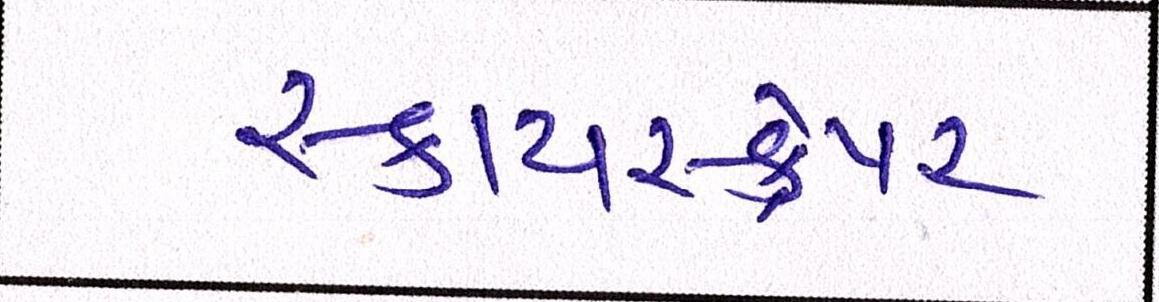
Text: સ્કાયસ્ક્રેપર